Madras plague regulations in force outside the Presidency town - Volume 3
Disease focus: Plague
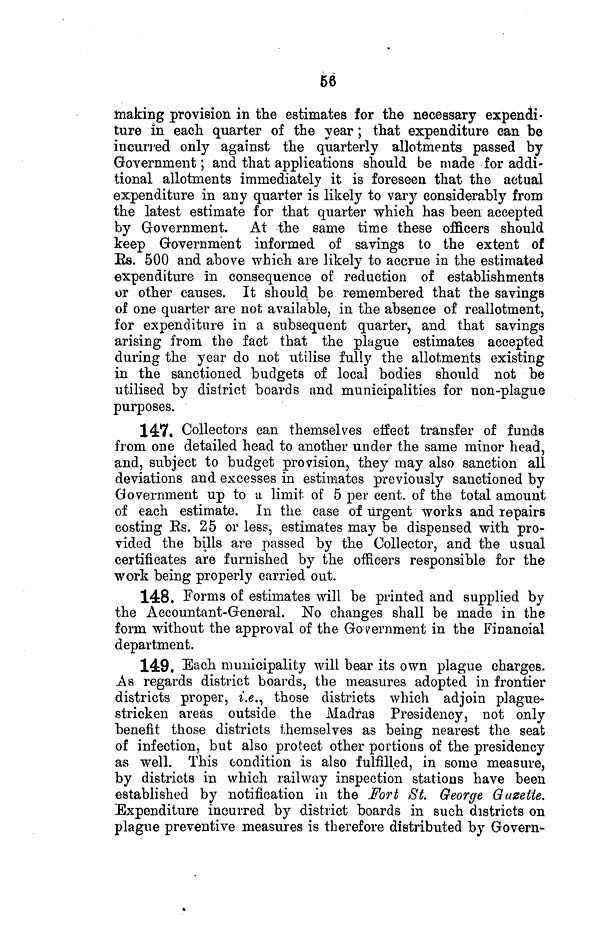
66
making provision in the estimates for the necessary expendi-
ture in each quarter of the year ; that expenditure can be
incurred only against the quarterly allotments passed by
Government ; and that applications should be made for addi-
tional allotments immediately it is foreseen that the actual
expenditure in any quarter is likely to vary considerably from
the latest estimate for that quarter which has been accepted
by Government. At the same time these officers should
keep Government informed of savings to the extent of
Es. 500 and above which are likely to accrue in the estimated
expenditure in consequence of reduction of establishments
or other causes. It should be remembered that the savings
of one quarter are not available, in the absence of reallotment,
for expenditure in a subsequent quarter, and that savings
arising from the fact that the plague estimates accepted
during the year do not utilise fulty the allotments existing
in the sanctioned budgets of local bodies should not be
utilised by district boards and municipalities for non-plague
purposes.
147. Collectors can themselves effect transfer of funds
from one detailed head to another under the same minor head,
and, subject to budget provision.» they may also sanction all
deviations and excesses in estimates previously sanctioned by
Government up to u limit of 5 per cent, of the total amount
of each estimate. In the case of urgent works and repairs
costing Es. 25 or less, estimates may be dispensed with pro-
vided the bills are passed by the Collector, and the usual
certificates are furnished by the officers responsible for the
work being properly carried out.
148. Forms of estimates will be printed and supplied by
the Accountant-General. No changes shall be made in the
form without the approval of the Government in the Financial
department.
149. Each municipality will bear its own plague charges.
As regards district boards, the measures adopted in frontier
districts proper, i.e., those districts which adjoin plague-
stricken areas outside the Madras Presidency, not only
benefit those districts themselves as being nearest the seat
of infection, but also protect other portions of the presidency
as well. This condition is also fulfilled, in some measure,
by districts in which railway inspection stations have been
established by notification in the Fort St. George Gazette.
Expenditure incurred by district boards in such districts on
plague preventive measures is therefore distributed by Govern-